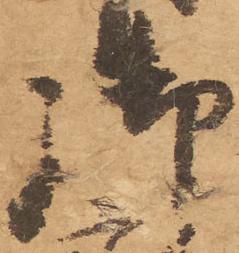
御